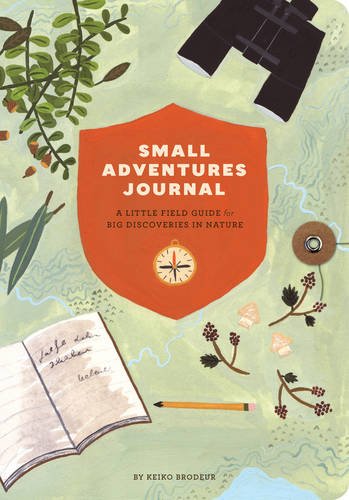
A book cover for Small Adventures Journal: A Little Field Guide for Big Discoveries in Nature; Keiko Brodeur; Sports & Outdoors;